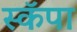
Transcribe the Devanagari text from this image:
स्कॅपा